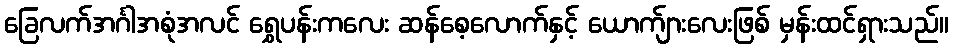
ခြေလက်အင်္ဂါအစုံအလင် ရွှေပန်းကလေး ဆန်စေ့လောက်နှင့် ယောက်ျားလေးဖြစ် မှန်းထင်ရှားသည်။